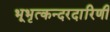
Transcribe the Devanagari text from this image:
भूभृत्कन्दरदारिणी